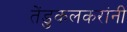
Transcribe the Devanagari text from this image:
तेंडुकलकरांनी